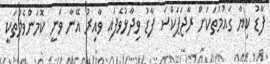
ފާޑު ކިޔާ ގައުމުތަކަށް ރާޖަޕަކްސަ ފާޑު ވިދާޅުވެފައި ވާއިރު އޭނާ ވަނީ ކޮމަންވެލްތަކީ